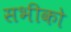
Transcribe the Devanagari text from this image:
सभीको